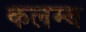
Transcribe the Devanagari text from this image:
कलम्ब